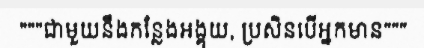
"""ជាមួយនឹងកន្លែងអង្គុយ, ប្រសិនបើអ្នកមាន"""